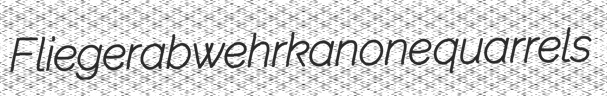
Fliegerabwehrkanone quarrels